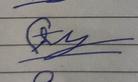
Signature authenticity: forged